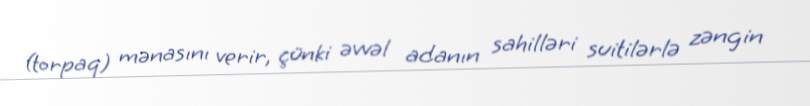
(torpaq) mənasını verir, çünki əvvəl adanın sahilləri suitilərlə zəngin